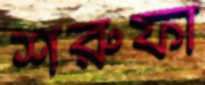
শরুফা